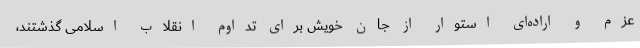
عزم و اراده‌ای استوار از جان خویش برای تداوم انقلاب اسلامی گذشتند،